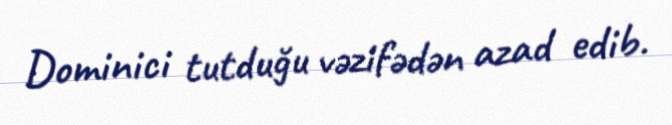
Dominici tutduğu vəzifədən azad edib.